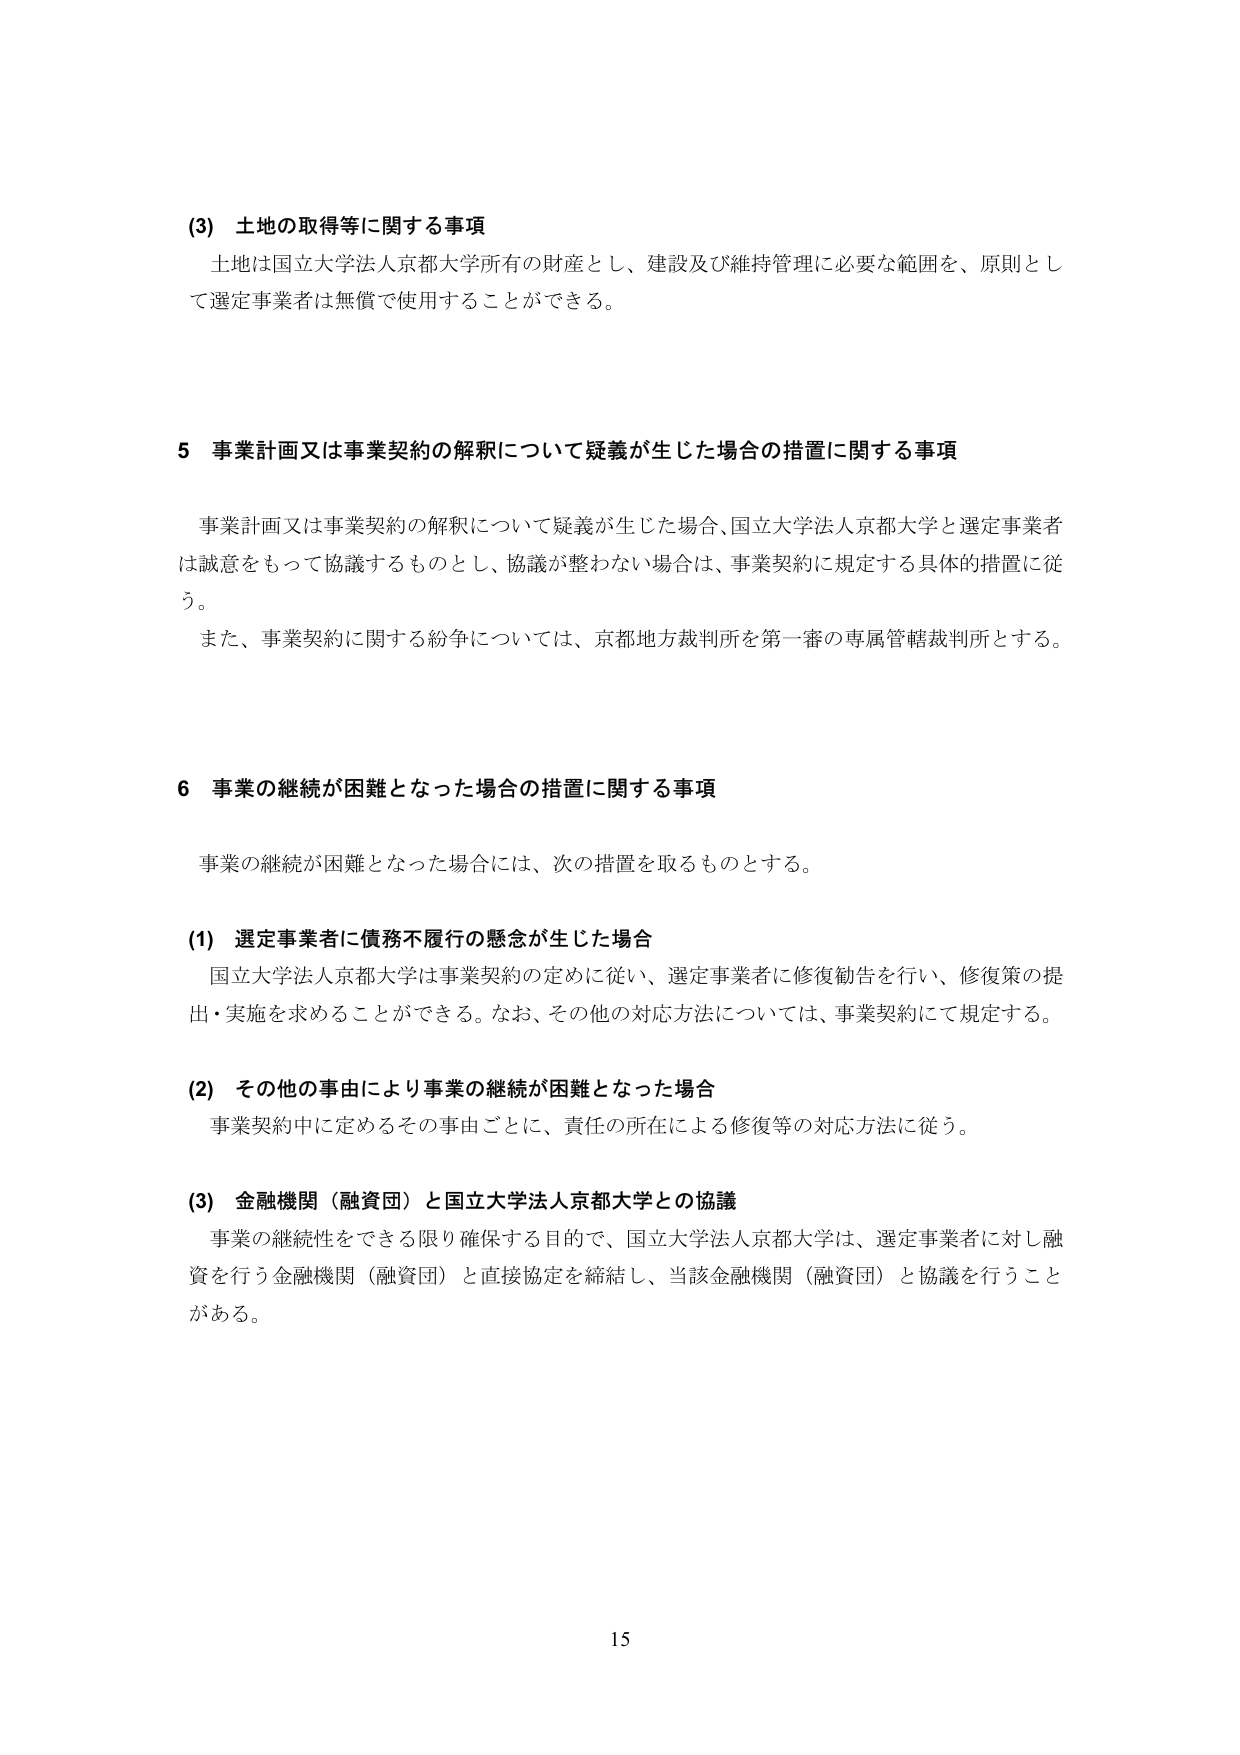
(3) 土地の取得等に関する事項
土地は国立大学法人京都大学所有の財産とし、建設及び維持管理に必要な範囲を、原則として選定事業者は無償で使用することができる。

5 事業計画又は事業契約の解釈について疑義が生じた場合の措置に関する事項
事業計画又は事業契約の解釈について疑義が生じた場合、国立大学法人京都大学と選定事業者は誠意をもって協議するものとし、協議が整わない場合は、事業契約に規定する具体的措置に従う。
また、事業契約に関する紛争については、京都地方裁判所を第一審の専属管轄裁判所とする。

6 事業の継続が困難となった場合の措置に関する事項
事業の継続が困難となった場合には、次の措置を取るものとする。

(1) 選定事業者に債務不履行の懸念が生じた場合
国立大学法人京都大学は事業契約の定めに従い、選定事業者に修復勧告を行い、修復策の提出・実施を求めることができる。なお、その他の対応方法については、事業契約にて規定する。

(2) その他の事由により事業の継続が困難となった場合
事業契約中に定めるその事由ごとに、責任の所在による修復等の対応方法に従う。

(3) 金融機関（融資団）と国立大学法人京都大学との協議
事業の継続性をできる限り確保する目的で、国立大学法人京都大学は、選定事業者に対し融資を行う金融機関（融資団）と直接協定を締結し、当該金融機関（融資団）と協議を行うことがある。

15